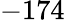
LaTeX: -174